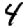
Digit: 4